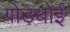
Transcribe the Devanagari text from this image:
गोडधोई